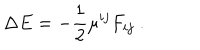
\Delta E = - { \frac { 1 } { 2 } } \mu ^ { i j } F _ { i j } \ .